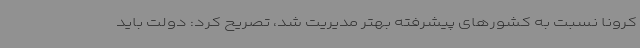
کرونا نسبت به کشورهای پیشرفته بهتر مدیریت شد، تصریح کرد: دولت باید